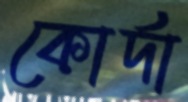
কোর্দা